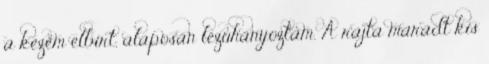
a kezem elbírt, alaposan lezuhanyoztam. A rajta maradt kis